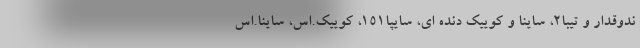
ندوقدار و تیبا۲، ساینا و کوییک دنده ای، سایپا۱۵۱، کوییک.اس، ساینا.اس